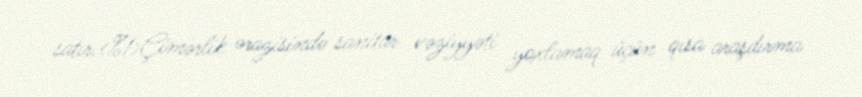
satır.<%1>Çimərlik ərazisində sanitar vəziyyəti yoxlamaq üçün qısa araşdırma